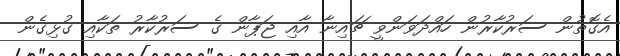
އެގޮތުން ސަރުކާރުން ހައްދަވަންވީ ޗައިނާ އާއި ޖަޕާން ގެ ސަރުކާރު ތަކާއި ގުޅިގެން